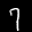
Label: 7